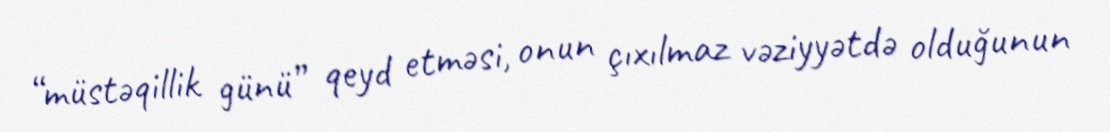
“müstəqillik günü” qeyd etməsi, onun çıxılmaz vəziyyətdə olduğunun